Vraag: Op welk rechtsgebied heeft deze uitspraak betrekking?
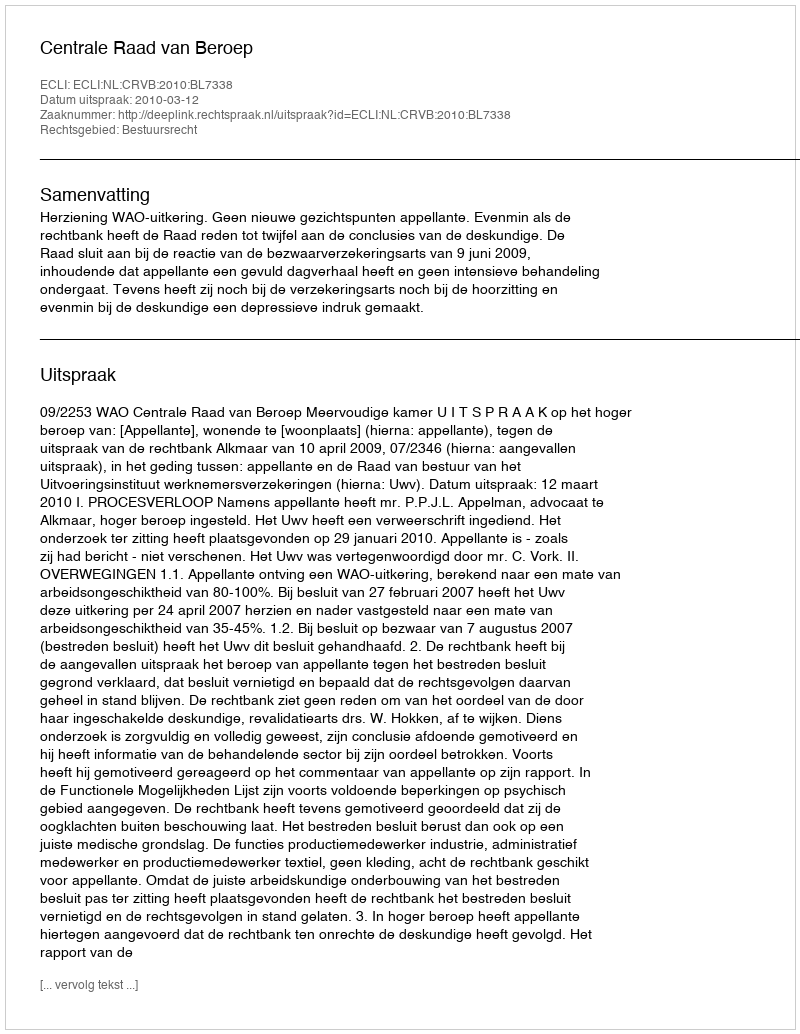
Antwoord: Bestuursrecht